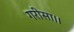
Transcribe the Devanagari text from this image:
गरीसा।।